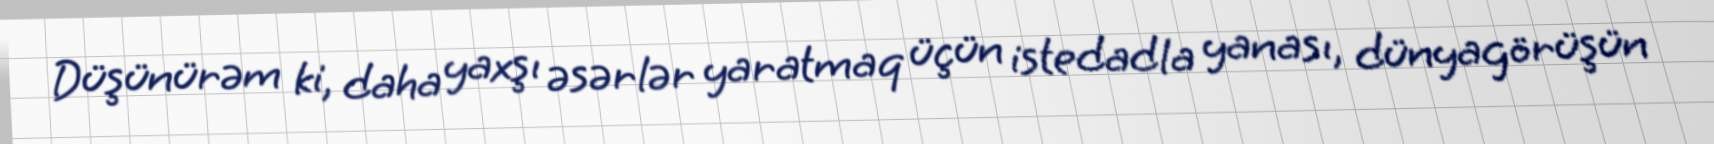
Düşünürəm ki, daha yaxşı əsərlər yaratmaq üçün istedadla yanası, dünyagörüşün